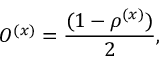
O ^ { ( x ) } = { \frac { ( 1 - \rho ^ { ( x ) } ) } { 2 } } ,